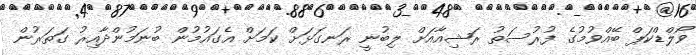
ވޯލްޑްކަޕް ބޭއްވުމުގެ ފުރުސަތު ރަޝިއާއަށް ލިބުނީ ރަނގަޅަށް ކަމަށް އެގައުމުން ބުނަމުންދާއިރު ގަތަރުން